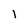
Character: l